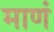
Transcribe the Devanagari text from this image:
माणं